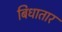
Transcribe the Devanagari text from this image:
बिधातार